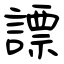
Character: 謤